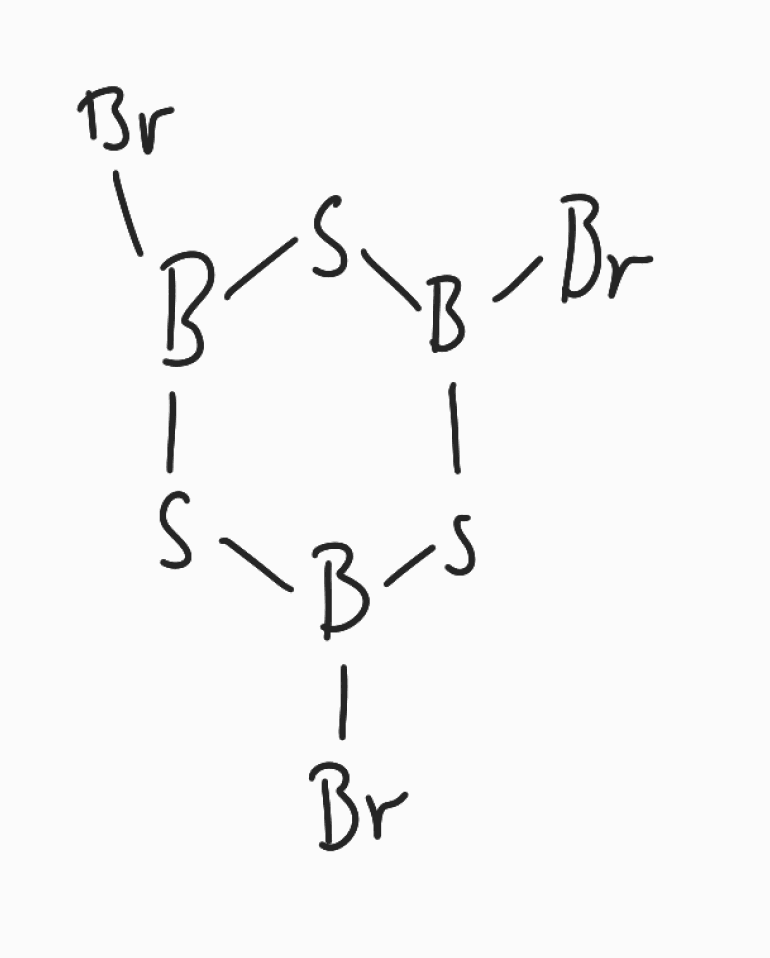
Simplified molecular-input line-entry system (SMILES) notation of the given molecule:
B1(SB(SB(S1)Br)Br)Br